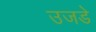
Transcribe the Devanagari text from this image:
उजडे